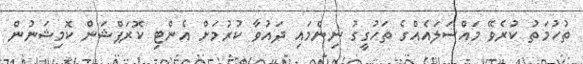
ތުހުމަތު ކުރެވޭ މައްސަލައެއްގެ ތަހުގީގު ނިންމައި ދައުވާ ކުރުމަށް އެންޓި ކޮރަޕްޝަން ކޮމިޝަނުން